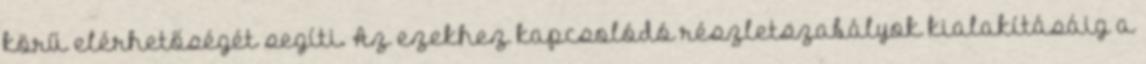
körű elérhetőségét segíti. Az ezekhez kapcsolódó részletszabályok kialakításáig a